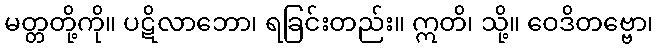
မတ္တတို့ကို။ ပဋိလာဘော၊ ရခြင်းတည်း။ ဣတိ၊ သို့။ ဝေဒိတဗ္ဗော၊